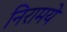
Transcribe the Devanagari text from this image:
निरामये